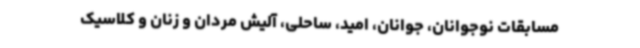
مسابقات نوجوانان، جوانان، امید، ساحلی، آلیش مردان و زنان و کلاسیک